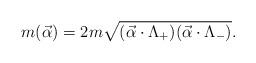
LaTeX: \begin{align*}m (\vec{\alpha})=2 m \sqrt {(\vec{\alpha}\cdot \Lambda_{+}) (\vec{\alpha}\cdot \Lambda_{-})}.\end{align*}